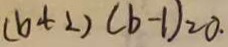
( b + 2 ) ( b - 1 ) = 0